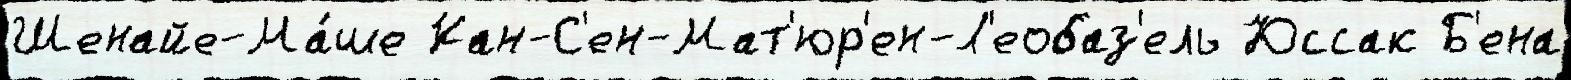
Шенайе-Ма́ше Кан-С'ен-Мат'юр'ен-Л'еобаз'ель Юссак Б'ена